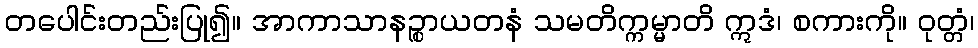
တပေါင်းတည်းပြု၍။ အာကာသာနဉ္စာယတနံ သမတိက္ကမ္မာတိ ဣဒံ၊ စကားကို။ ဝုတ္တံ၊